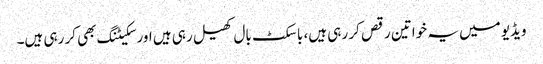
ویڈیو میں یہ خواتین رقص کر رہی ہیں، باسکٹ بال کھیل رہی ہیں اور سکیٹنگ بھی کر رہی ہیں۔